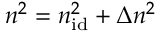
n ^ { 2 } = n _ { \mathrm { i d } } ^ { 2 } + \Delta n ^ { 2 }